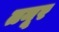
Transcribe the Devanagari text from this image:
तनूर